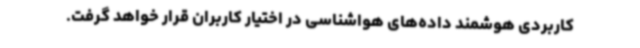
کاربردی هوشمند داده‌های هواشناسی در اختیار کاربران قرار خواهد گرفت.